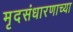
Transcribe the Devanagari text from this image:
मृदसंधारणाच्या